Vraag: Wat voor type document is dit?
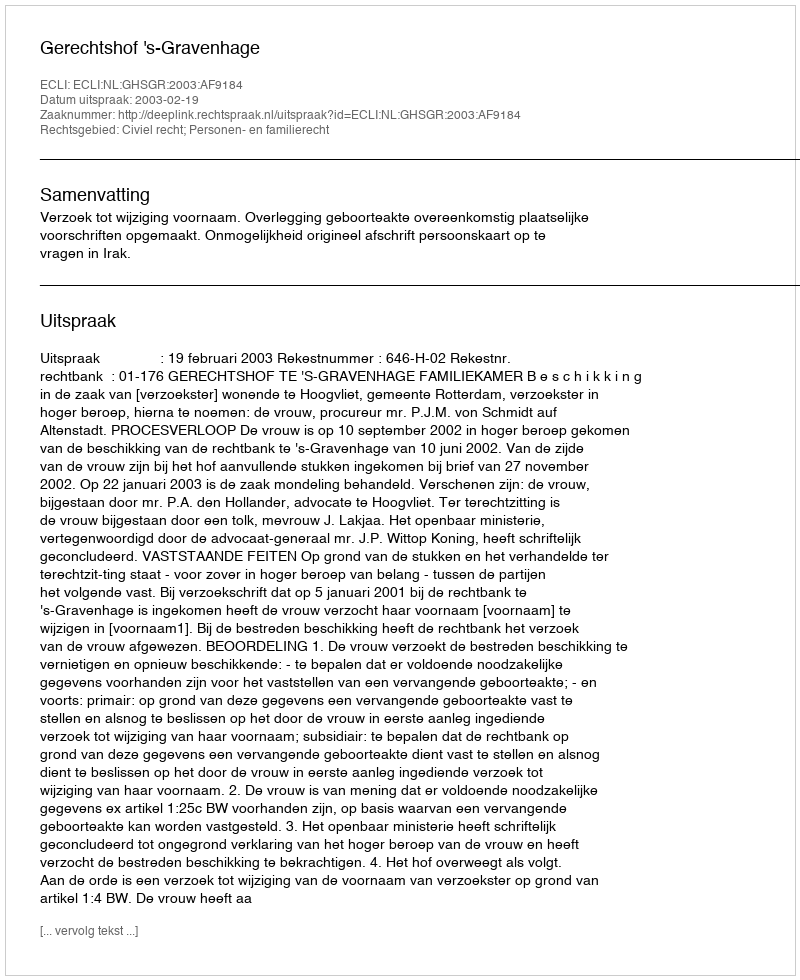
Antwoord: Uitspraak